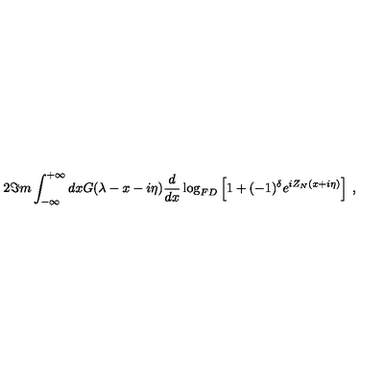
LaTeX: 2 \Im m \int _ { - \infty } ^ { + \infty } d x G ( \lambda - x - i \eta ) \frac { d } { d x } \log _ { F D } \left[ 1 + ( - 1 ) ^ { \delta } e ^ { i Z _ { N } ( x + i \eta ) } \right] \: ,